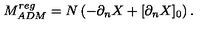
M _ { A D M } ^ { r e g } = N \left( - \partial _ { n } X + [ \partial _ { n } X ] _ { 0 } \right) .